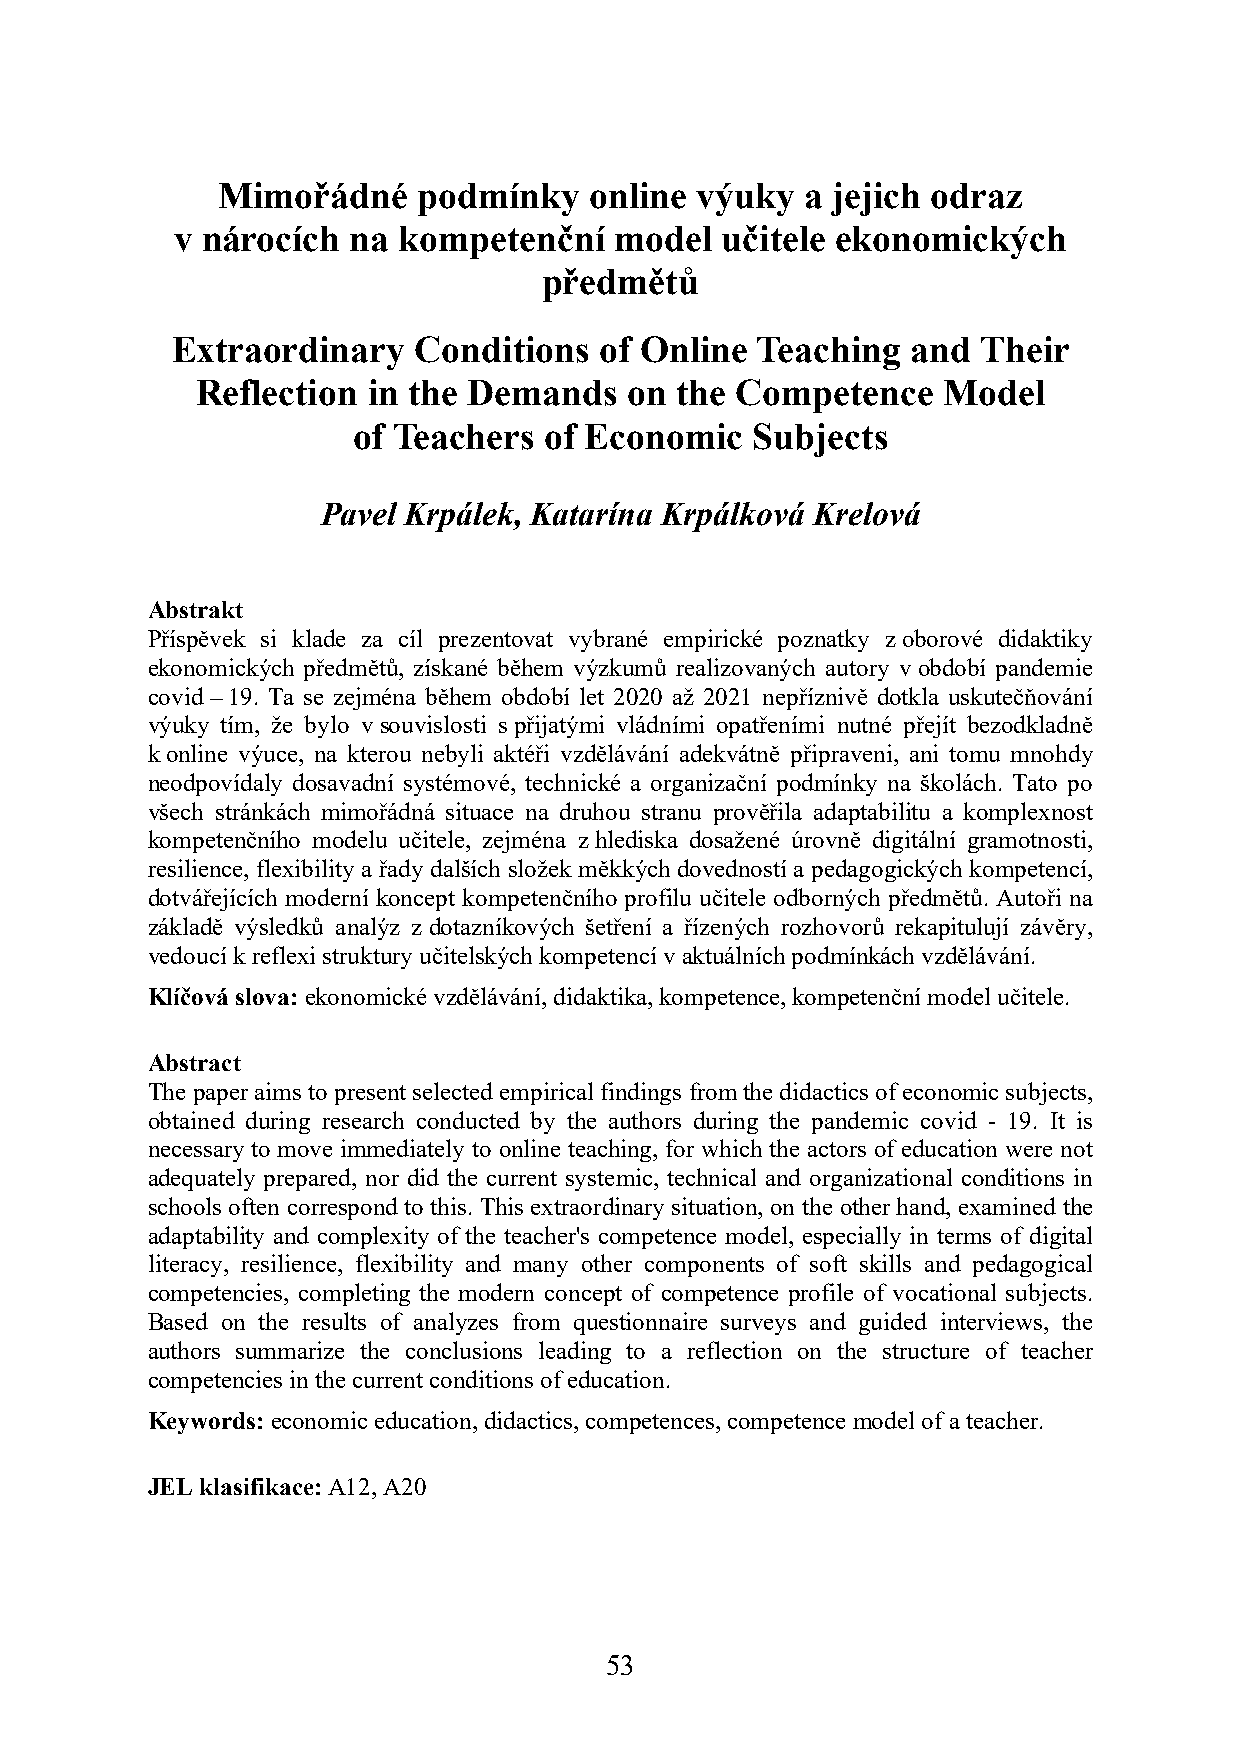
Mimořádné     podmínky   online výuky  a jejich odraz
 v nárocích  na kompetenční    model  učitele ekonomických
 předmětů
 Extraordinary   Conditions   of Online Teaching  and  Their
 Reflection in the Demands    on the Competence   Model
 of Teachers  of Economic   Subjects
 Pavel Krpálek, Katarína Krpálková Krelová
 Abstrakt
 Příspěvek si klade za cíl prezentovat vybrané empirické poznatky z oborové didaktiky
 ekonomických předmětů, získané během výzkumů realizovaných autory v období pandemie
 covid – 19. Ta se zejména během období let 2020 až 2021 nepříznivě dotkla uskutečňování
 výuky tím, že bylo v souvislosti s přijatými vládními opatřeními nutné přejít bezodkladně
 k online výuce, na kterou nebyli aktéři vzdělávání adekvátně připraveni, ani tomu mnohdy
 neodpovídaly dosavadní systémové, technické a organizační podmínky na školách. Tato po
 všech stránkách mimořádná situace na druhou stranu prověřila adaptabilitu a komplexnost
 kompetenčního modelu učitele, zejména z hlediska dosažené úrovně digitální gramotnosti,
 resilience, flexibility a řady dalších složek měkkých dovedností a pedagogických kompetencí,
 dotvářejících moderní koncept kompetenčního profilu učitele odborných předmětů. Autoři na
 základě výsledků analýz z dotazníkových šetření a řízených rozhovorů rekapitulují závěry,
 vedoucí k reflexi struktury učitelských kompetencí v aktuálních podmínkách vzdělávání.
 Klíčová slova: ekonomické vzdělávání, didaktika, kompetence, kompetenční model učitele.
 Abstract
 The paper aims to present selected empirical findings from the didactics of economic subjects,
 obtained during research conducted by the authors during the pandemic covid - 19. It is
 necessary to move immediately to online teaching, for which the actors of education were not
 adequately prepared, nor did the current systemic, technical and organizational conditions in
 schools often correspond to this. This extraordinary situation, on the other hand, examined the
 adaptability and complexity of the teacher's competence model, especially in terms of digital
 literacy, resilience, flexibility and many other components of soft skills and pedagogical
 competencies, completing the modern concept of competence profile of vocational subjects.
 Based on the results of analyzes from questionnaire surveys and guided interviews, the
 authors summarize the conclusions leading to a reflection on the structure of teacher
 competencies in the current conditions of education.
 Keywords: economic education, didactics, competences, competence model of a teacher.
 JEL klasifikace: A12, A20
 53